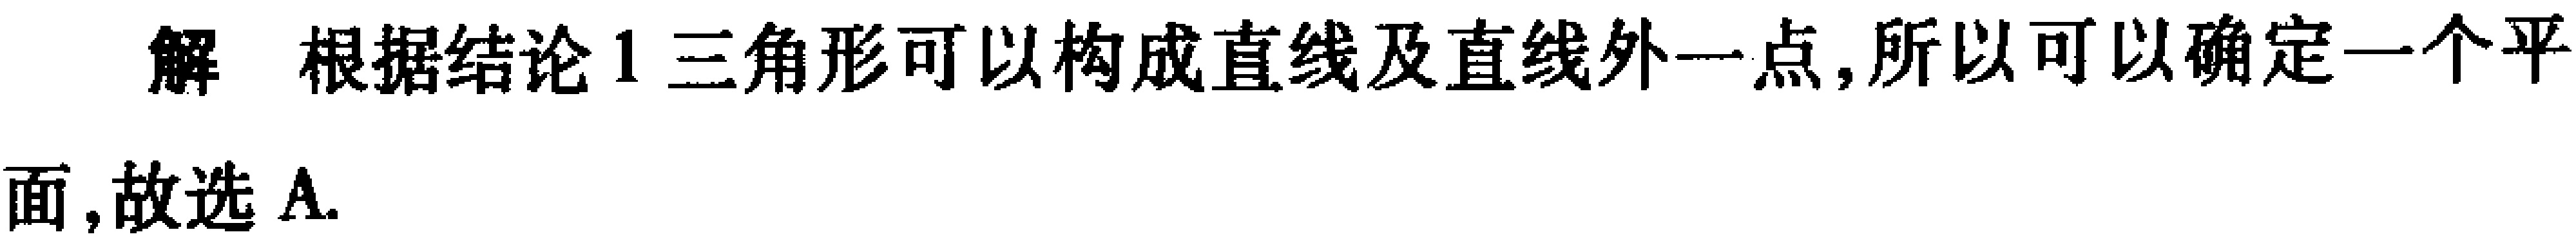
解 根据结论1三角形可以构成直线及直线外一点,所以可以确定一个平
面,故选A.